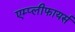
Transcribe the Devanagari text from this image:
एम्प्लीफायर्स